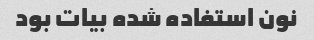
نون استفاده شده بیات بود